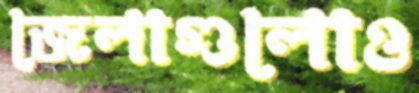
জেলাগুলোও